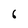
Character: 6